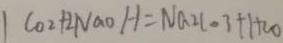
C O _ { 2 } + 2 N a O H = N a _ { 2 } l O 3 + H _ { 2 } O